Reports on dispensaries and lunatic asylums in the Province of Oudh - 1869-1876
Year: 1869
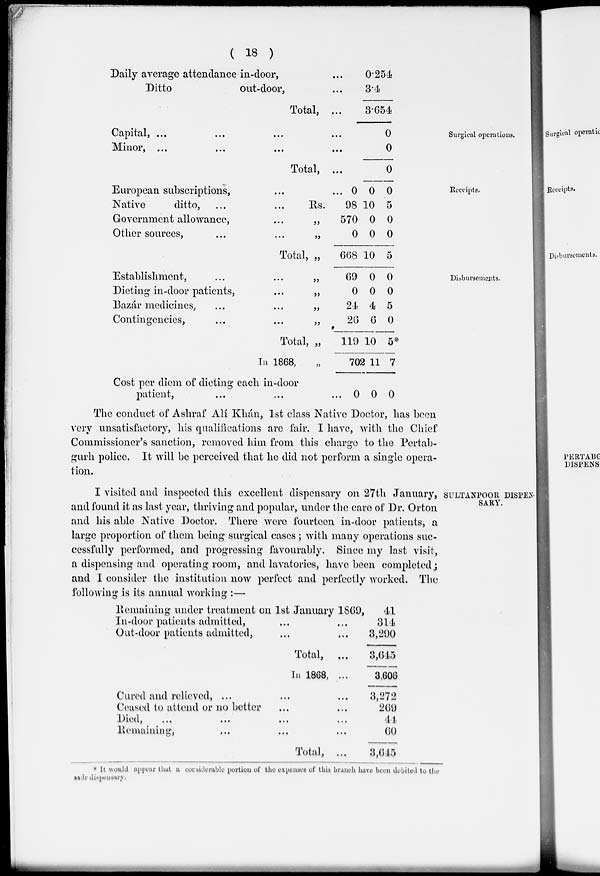
( 18 )
Daily average attendance in-door, ...
Ditto
out-door, ...
Total, ...
0.254
3.4
3.654
Surgical operations,
Capital, ... ... ... ...
Minor, ... ... ... ...
Total, ...
0
0
0
Receipts.
European subscriptions, ...
Native
ditto, ... ...
Government allowance, ...
Other sources, ... ...
Total,
...
Rs.
„
„
„
0
98
570
0
668
0
10
0
0
10
0
5
0
0
5
Disbursements.
Establishment, ... ...
Dieting in-door patients, ...
Bazar medicines, ... ...
Contingencies, ... ...
Total,
In 1868,
Cost per diem of dieting each in-door
patient, ... ...
„
„
„
„
„
„
...
69
0
24
26
119
702
0
0
0
4
6
10
11
0
0
0
5
0
5*
7
0
The conduct of Ashraf Alí Khán, 1st class Native Doctor, has been
very unsatisfactory, his qualifications are fair. I have, with the Chief
Commissioner's sanction, removed him from this charge to the Pertab-
gurh police. It will be perceived that he did not perform a single opera-
tion.
SULTANPOOR DISPEN-
SARY.
I visited and inspected this excellent dispensary on 27th January,
and found it as last year, thriving and popular, under the care of Dr. Orton
and his able Native Doctor. There were fourteen in-door patients, a
large proportion of them being surgical cases ; with many operations suc-
cessfully performed, and progressing favourably. Since my last visit,
a dispensing and operating room, and lavatories, have been completed,;
and I consider the institution now perfect and perfectly worked. The
following is its annual working :—
Remaining under treatment on 1st January 1869,
In-door patients admitted, ... ...
Out-door patients admitted, ... ...
Total, ...
In 1868, ...
Cured and relieved, ... ... ...
Ceased to attend or no better, ... ...
Died, ... ... ... ...
Remaining, ... ... ...
Total, ...
41
314
3,290
3,645
3,606
3,272
269
44
60
3,645
* It would appear that a considerable portion of the expenses of this branch have been debited to the
sadr dispensary.